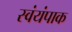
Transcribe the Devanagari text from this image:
स्वंयंपाक